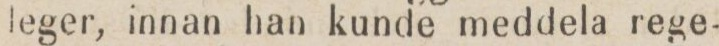
leger, innan han kunde meddela rege-